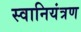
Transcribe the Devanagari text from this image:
स्वानियंत्रण